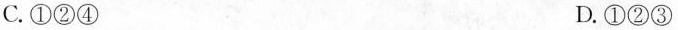
C.①②④ D.①②③